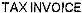
TAX INVOICE